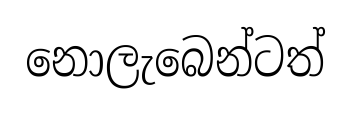
නොලැබෙන්ටත්